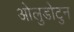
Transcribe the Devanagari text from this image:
ओलुडोटुन